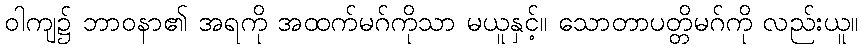
ဝါကျ၌ ဘာဝနာ၏ အရကို အထက်မဂ်ကိုသာ မယူနှင့်။ သောတာပတ္တိမဂ်ကို လည်းယူ။